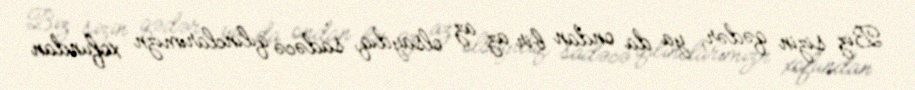
Biz sizin qədər, ya da ondan bir az az olsaydıq, sadəcə qılınclarımızn xofundan